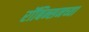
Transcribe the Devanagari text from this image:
रॉबिन्सनच्या